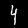
Label: 4